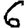
Digit: 6